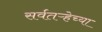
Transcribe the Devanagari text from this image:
सर्वतऱ्हेच्या